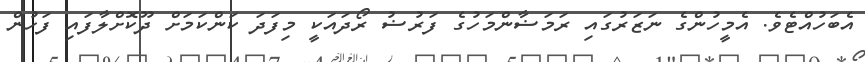
އެބަހުއްޓެވެ. އެމީހުންގެ ނަޒަރުގައި ރަމަޟާންމަހުގެ ފަރުޟު ރޯދައަކީ މިފަދަ ކަންކަމަށް ދޫކޮށްލާފައި ފަހުން